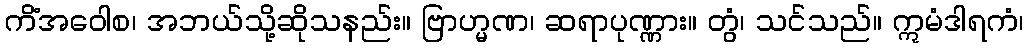
ကိံအဝေါစ၊ အဘယ်သို့ဆိုသနည်း။ ဗြာဟ္မဏ၊ ဆရာပုဏ္ဏား။ တွံ၊ သင်သည်။ ဣမံဒါရကံ၊